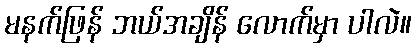
မနက်ဖြန် ဘယ်အချိန် လောက်မှာ ပါလဲ။